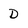
Character: D